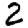
Digit: 2